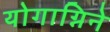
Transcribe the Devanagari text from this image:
योगाग्निने